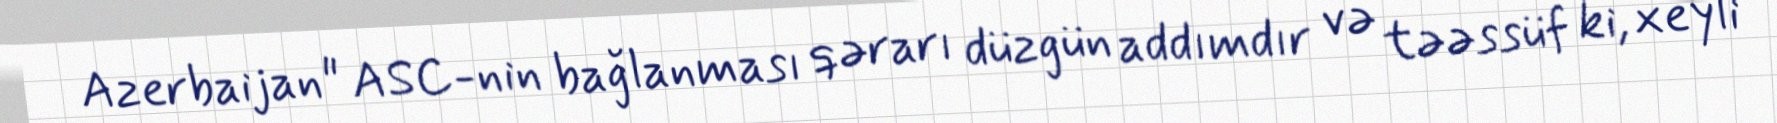
Azerbaijan" ASC-nin bağlanması qərarı düzgün addımdır və təəssüf ki, xeyli